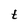
Character: t